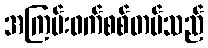
အကြမ်းဖက်စစ်တပ်သည်